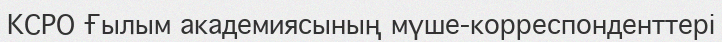
КСРО Ғылым академиясының мүше-корреспонденттері